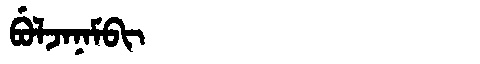
Manchu: ᠪᡠᠯᠵᠠᠨᠠᠮᠪᡳ
Romanization: BULJANAMBI